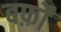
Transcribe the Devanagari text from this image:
बर्फ़ों